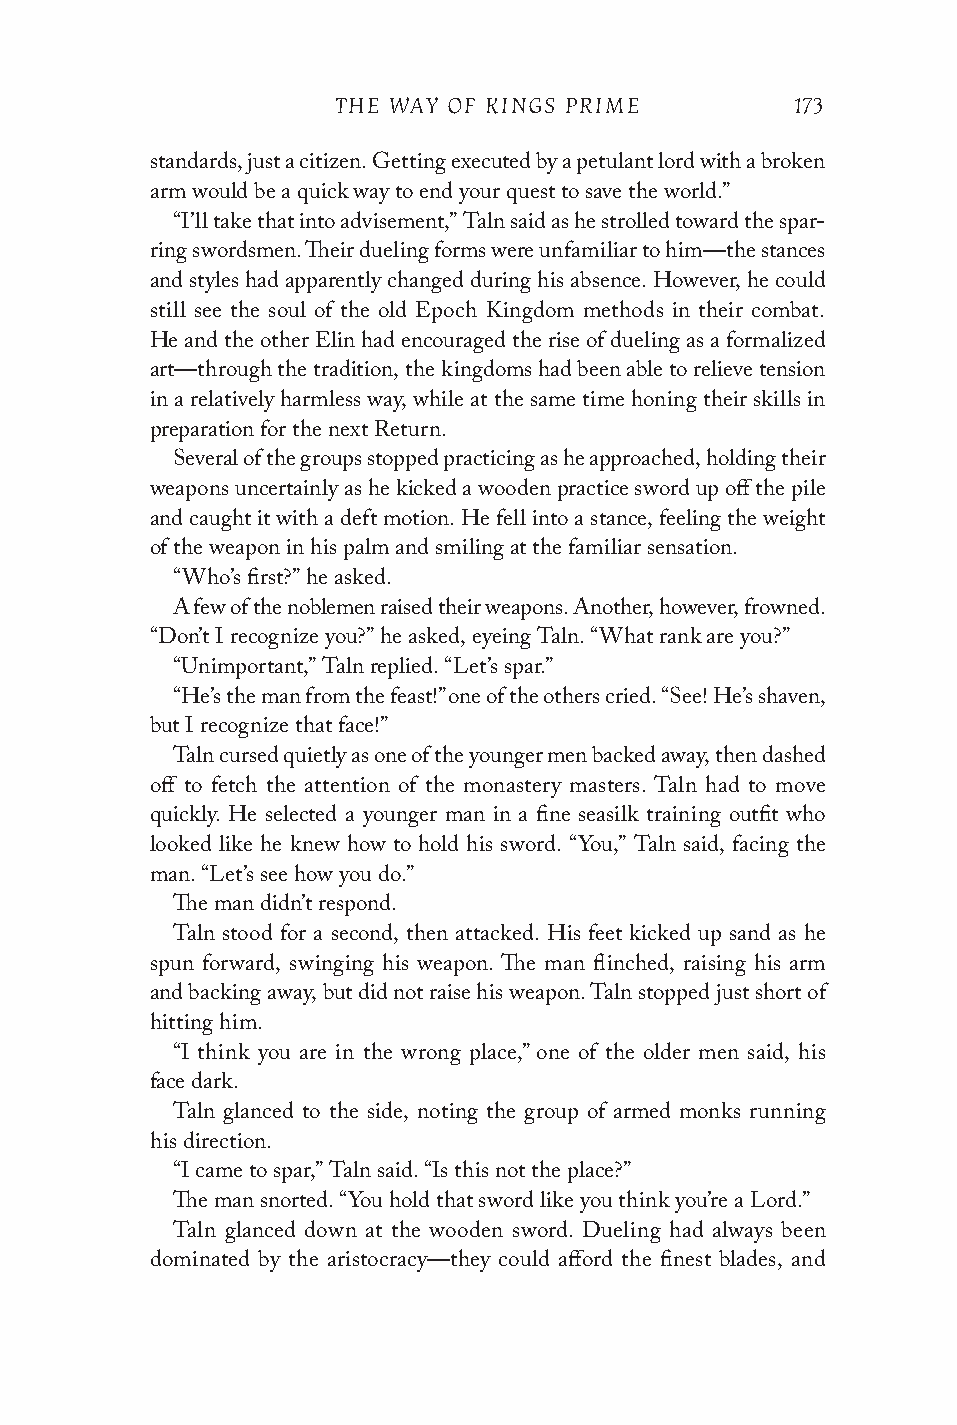
THE WAY OF KINGS PRIME         173
 standards, just a citizen. Getting executed by a petulant lord with a broken
 arm would be a quick way to end your quest to save the world.”
 “I’ll take that into advisement,” Taln said as he strolled toward the spar-
 ring swordsmen. Their dueling forms were unfamiliar to him—the stances
 and styles had apparently changed during his absence. However, he could
 still see the soul of the old Epoch Kingdom methods in their combat.
 He and the other Elin had encouraged the rise of dueling as a formalized
 art—through the tradition, the kingdoms had been able to relieve tension
 in a relatively harmless way, while at the same time honing their skills in
 preparation for the next Return.
 Several of the groups stopped practicing as he approached, holding their
 weapons uncertainly as he kicked a wooden practice sword up off the pile
 and caught it with a deft motion. He fell into a stance, feeling the weight
 of the weapon in his palm and smiling at the familiar sensation.
 “Who’s first?” he asked.
 A few of the noblemen raised their weapons. Another, however, frowned.
 “Don’t I recognize you?” he asked, eyeing Taln. “What rank are you?”
 “Unimportant,” Taln replied. “Let’s spar.”
 “He’s the man from the feast!” one of the others cried. “See! He’s shaven,
 but I recognize that face!”
 Taln cursed quietly as one of the younger men backed away, then dashed
 off to fetch the attention of the monastery masters. Taln had to move
 quickly. He selected a younger man in a fine seasilk training outfit who
 looked like he knew how to hold his sword. “You,” Taln said, facing the
 man. “Let’s see how you do.”
 The man didn’t respond.
 Taln stood for a second, then attacked. His feet kicked up sand as he
 spun forward, swinging his weapon. The man flinched, raising his arm
 and backing away, but did not raise his weapon. Taln stopped just short of
 hitting him.
 “I think you are in the wrong place,” one of the older men said, his
 face dark.
 Taln glanced to the side, noting the group of armed monks running
 his direction.
 “I came to spar,” Taln said. “Is this not the place?”
 The man snorted. “You hold that sword like you think you’re a Lord.”
 Taln glanced down at the wooden sword. Dueling had always been
 dominated by the aristocracy—they could afford the finest blades, and